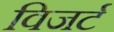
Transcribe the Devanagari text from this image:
विजर्ट